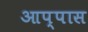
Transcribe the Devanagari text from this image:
आप्पास